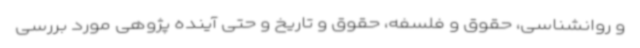
و روانشناسی، حقوق و فلسفه، حقوق و تاریخ و حتی آینده پژوهی مورد بررسی